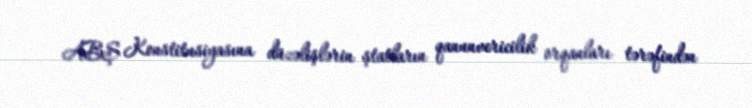
ABŞ Konstitusiyasına düzəlişlərin ştatların qanunvericilik orqanları tərəfindən